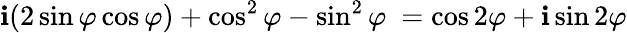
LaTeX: \mathbf{i}(2\sin\varphi\cos\varphi)+\cos^{2}\varphi-\sin^{2}\varphi\ =\cos2\varphi+\mathbf{i}\sin2\varphi